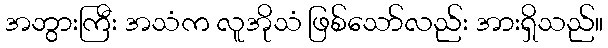
အဘွားကြီး အသံက လူအိုသံ ဖြစ်သော်လည်း အားရှိသည်။